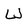
Character: W